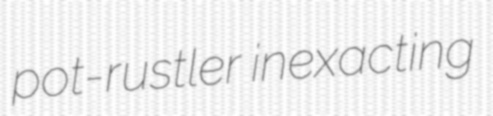
pot-rustler inexacting